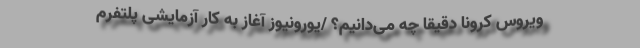
ویروس کرونا دقیقا چه می‌دانیم؟ /یورونیوز آغاز به کار آزمایشی پلتفرم